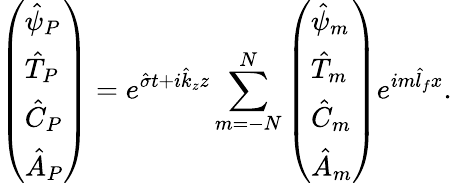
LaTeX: \left(\begin{array}{l}{\hat{\psi}_{P}}\\ {\hat{T}_{P}}\\ {\hat{C}_{P}}\\ {\hat{A}_{P}}\end{array}\right)=e^{\hat{\sigma}t+i\hat{k}_{z}z}\sum_{m=-N}^{N}\left(\begin{array}{l}{\hat{\psi}_{m}}\\ {\hat{T}_{m}}\\ {\hat{C}_{m}}\\ {\hat{A}_{m}}\end{array}\right)e^{im\hat{l}_{f}x}.